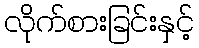
လိုက်စားခြင်းနှင့်